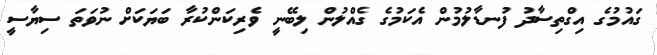
ގައުމުގެ އިގްތިސާދު ފުނޑާލުމުން އެކަމުގެ ގެއްލުން ލިބޭނީ ވެރިކަންކުރާ ބަޔަކަށް ނުވަތަ ސިޔާސީ